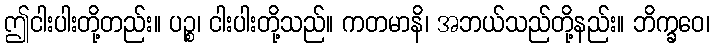
ဤငါးပါးတို့တည်း။ ပဉ္စ၊ ငါးပါးတို့သည်။ ကတမာနိ၊ အဘယ်သည်တို့နည်း။ ဘိက္ခဝေ၊